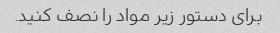
برای دستور زیر مواد را نصف کنید.